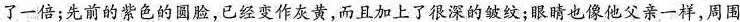
了一倍；先前的紫色的圆脸，已经变作灰黄，而且加上了很深的皱纹；眼睛也像他父亲一样，周围